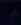
Transcribe